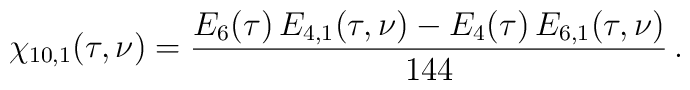
\chi_{10,1}(\tau,\nu)= \frac{E_6(\tau)\,E_{4,1}(\tau,\nu)-E_4(\tau)\,E_{6,1}(\tau,\nu)}{144}\,.